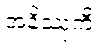
အနိဿုကီ